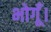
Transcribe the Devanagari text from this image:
भोगूँ।